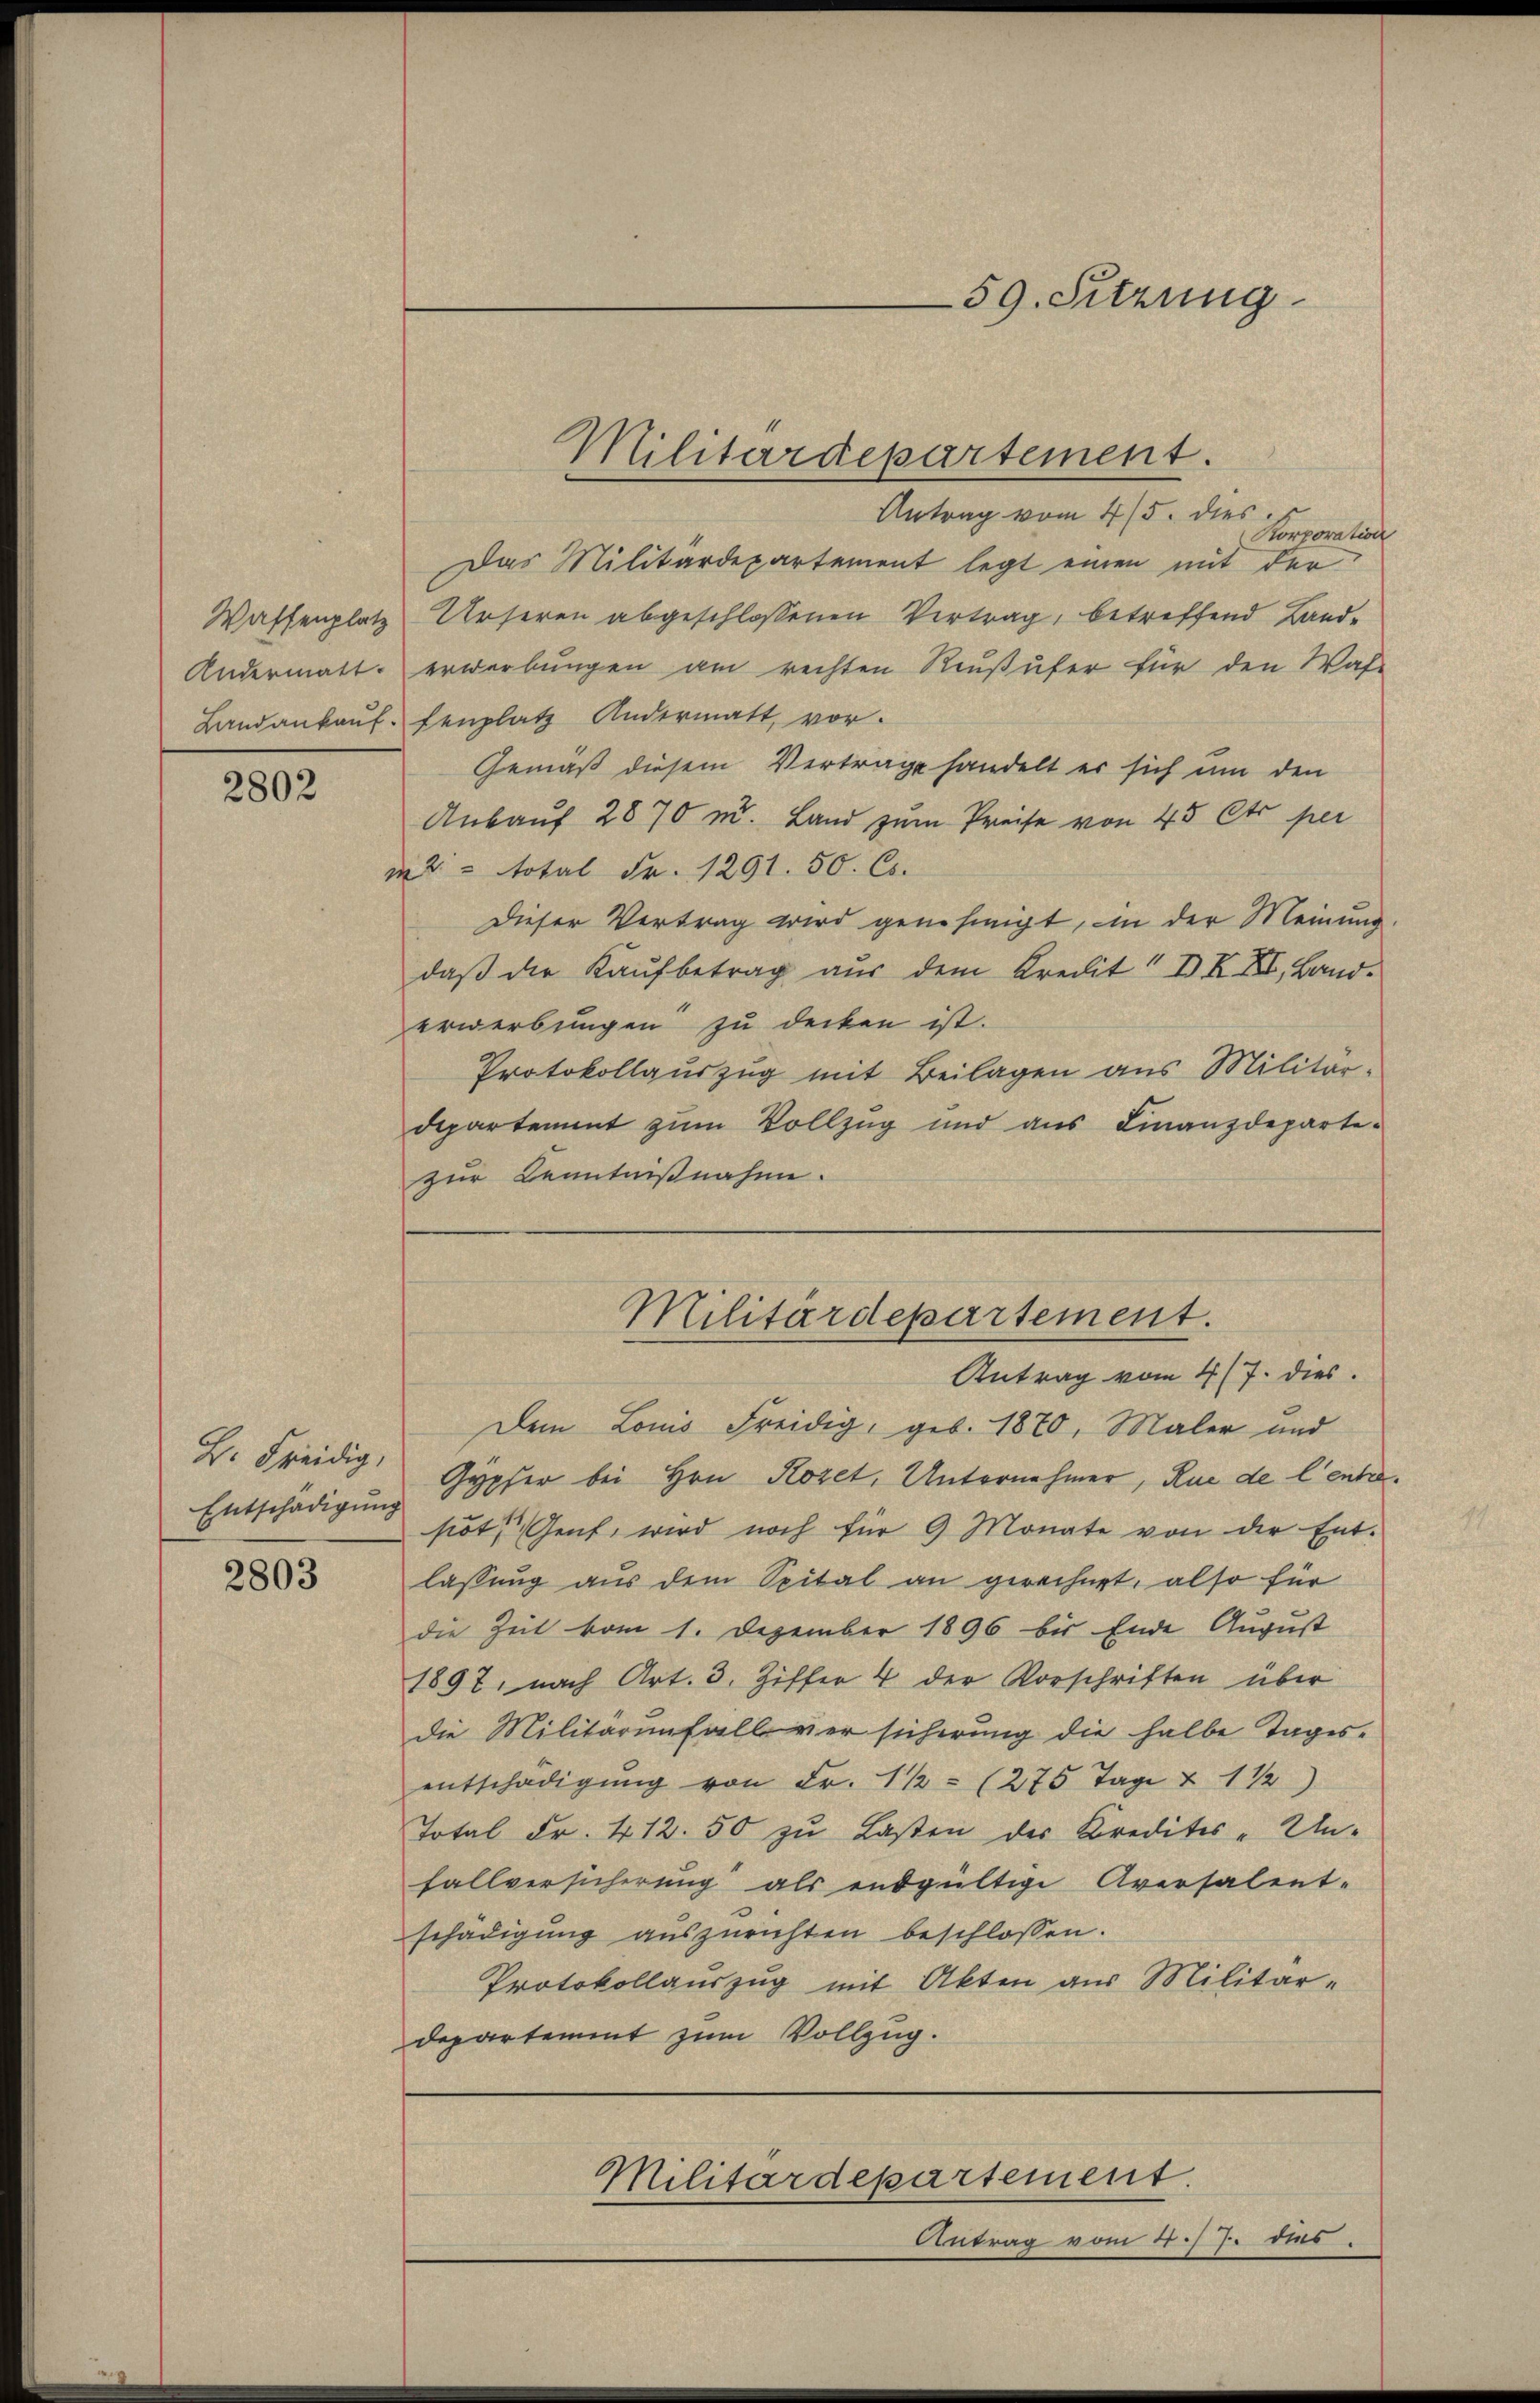
Waffenplatz
Andermatt.
Landankauf.

2802

B. Freidig,
Entschädigung

2803

Antrag vom 4/5. dies
Korporation
Das Militärdepartement legt einen mit der
Urseren abgeschlossenen Vertrag, betreffend Landerwerbungen am rechten Reußufer für den Was-
fenplatz Andermatt, vor.
Gemäß diesem Vertrage handelt er sich um den
Ankauf 2870 u. Land zum Preise von 45 Cts per
2 total Fr. 1291. 50. Cs.
Dieser Vertrag wird genehmigt, in der Meinung
daβ der Kaŭfbetrag aŭs dem Kredit" IX II, Band-
erwerbungen zu decken ist.
Protokollauszug mit Beilagen aus Militär-
departement zum Vollzug und aus Finanzdeparte-
zur Kenntnißnahme.
Militärdepartement.
Antrag vom 4/7. dies
Dem Louis Freidig, geb. 1870, Maler und
Gypfer bei Hrn. Kozet, Unternehmer, Rue de l’entrepot. Gent, wird noch für 9 Monate von der Ent-
lassung aus dem Spital an gerechnet, also für
die Zeit vom 1. Dezember 1896 bis Ende August
1897, nach Art. 3. Ziffer 4 der Vorschriften über
die Militärunfall versicherung die halbe Tages-
entschädigŭng von Fr. 1 1/2 (275 Tage & 1 1/2
Total Fr. 412.50 zu Lasten des Kredites - Un-
fallversicherung als endgültige Aversalent-
schädigung auszurichten beschlossen.
Protokollauszug mit Akten aus Militärdepartement zum Vollzug.

Militärdepartement.

59. Sitzung

Militärdepartement.

Antrag vom 17.) J. dus.